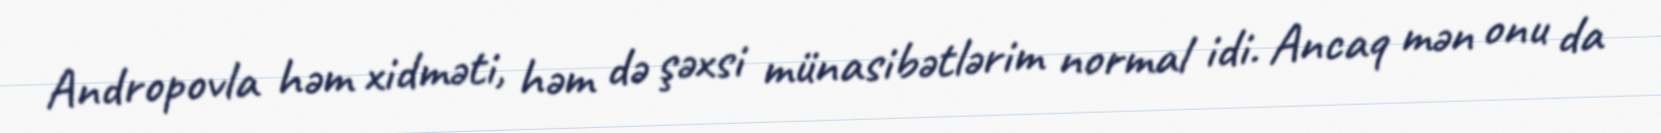
Andropovla həm xidməti, həm də şəxsi münasibətlərim normal idi. Ancaq mən onu da